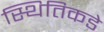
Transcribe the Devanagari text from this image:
स्थितिकडे